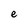
Character: e